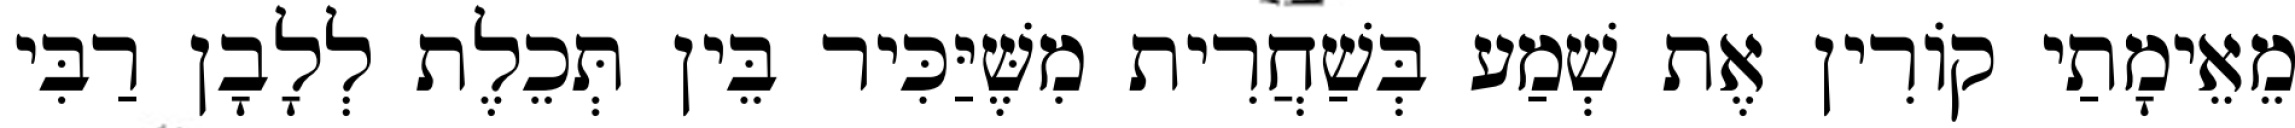
מֵאֵימָתַי קוֹרִין אֶת שְׁמַע בְּשַׁחֲרִית מִשֶּׁיַּכִּיר בֵּין תְּכֵלֶת לְלָבָן רַבִּי